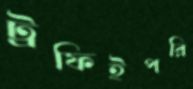
ট্রফিইপরি